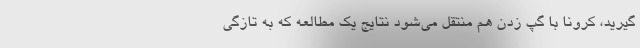
گیرید، کرونا با گپ زدن هم منتقل می‌شود نتایج یک مطالعه که به تازگی